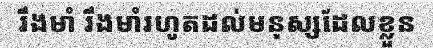
រឹងមាំ រឹងមាំរហូតដល់មនុស្សដែលខ្លួន